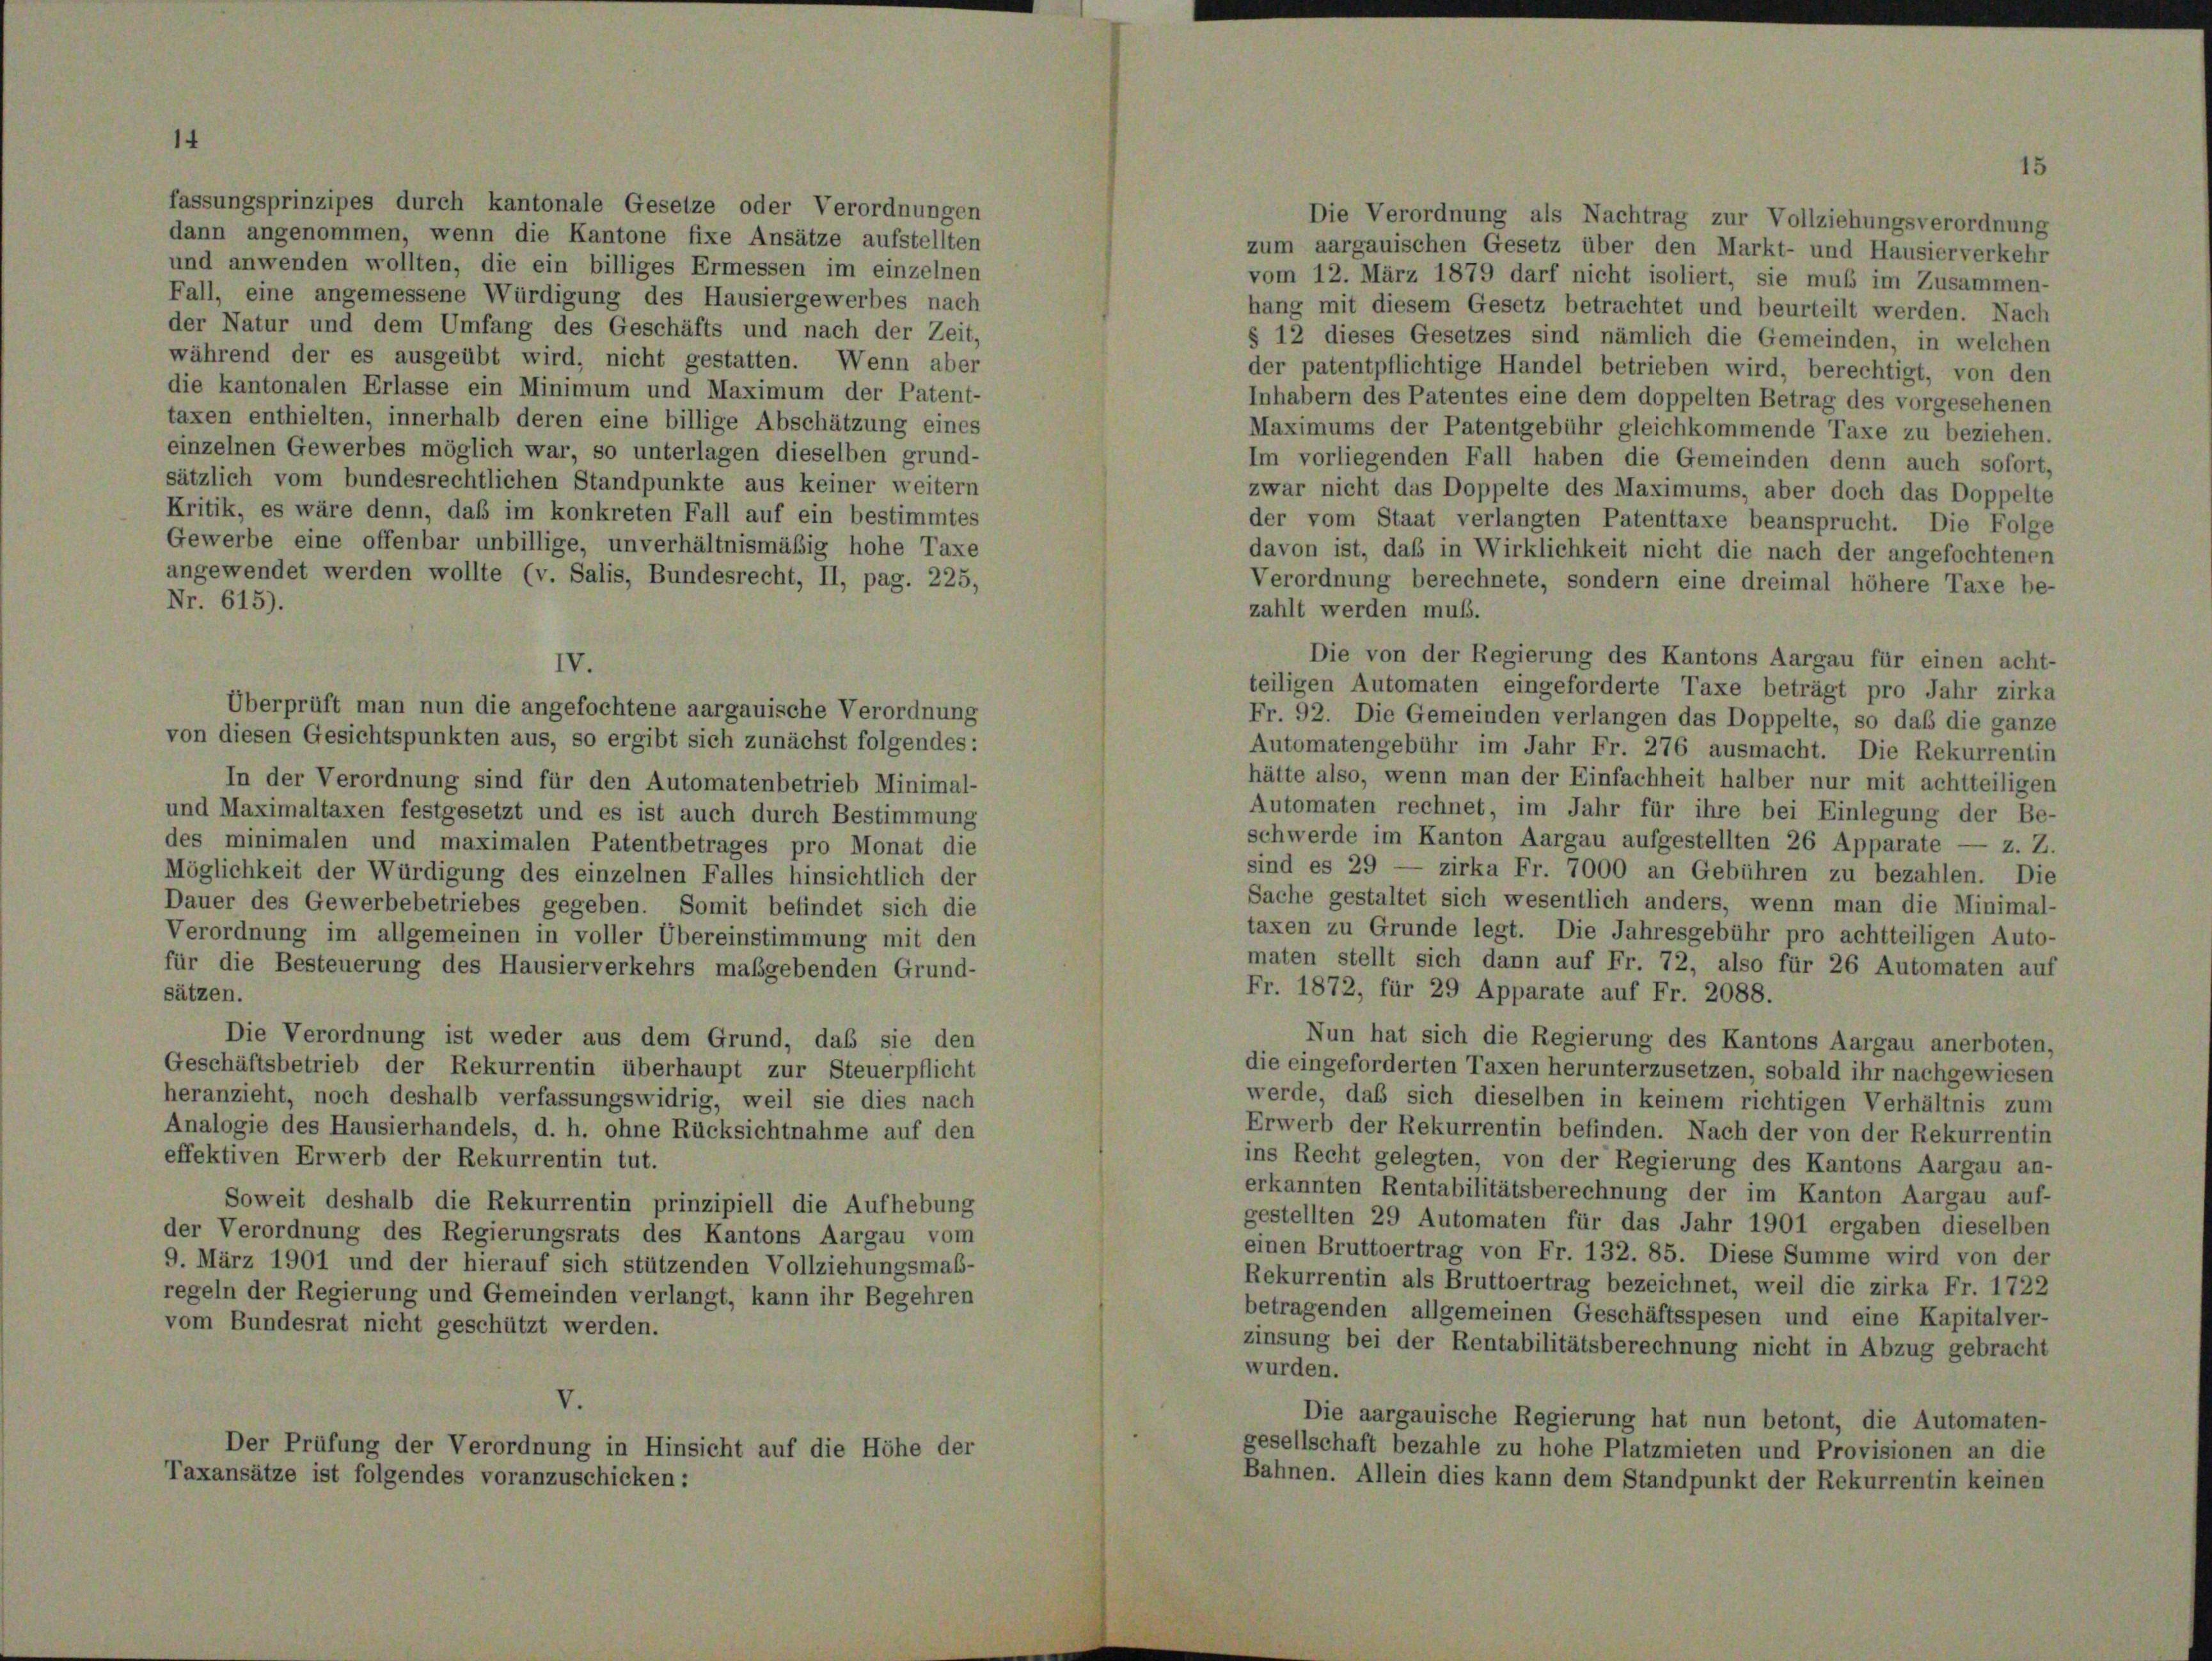
fassungsprinzipes durch kantonale Gesetze oder Verordnungen
dann angenommen, wenn die Kantone fixe Ansätze aufstellten
und anwenden wollten, die ein billiges Ermessen im einzelnen
Fall, eine angemessene Würdigung des Hausiergewerbes nach

Die Verordnung als Nachtrag zur Vollziehungsverordnung
zum aargauischen Gesetz über den Markt- und Hausier verkehr
vom 12. März 1879 darf nicht isoliert, sie muß im Zusammen-
hang mit diesem Gesetz betrachtet und beurteilt werden. Nach
der Natur und dem Umfang des Geschäfts und nach der Zeit,
§ 12 dieses Gesetzes sind nämlich die Gemeinden, in welchen
während der es ausgeübt wird, nicht gestatten. Wenn aber
der patentpflichtige Handel betrieben wird, berechtigt, von den
die kantonalen Erlasse ein Minimum und Maximum der Patent-
Inhabern des Patentes eine dem doppelten Betrag des vorgesehenen
taxen enthielten, innerhalb deren eine billige Abschätzung eines
Maximums der Patentgebühr gleichkommende Taxe zu beziehen.
einzelnen Gewerbes möglich war, so unterlagen dieselben grund-
Im vorliegenden Fall haben die Gemeinden denn auch sofort,
sätzlich vom bundesrechtlichen Standpunkte aus keiner weitern
zwar nicht das Doppelte des Maximums, aber doch das Doppelte
Kritik, es wäre denn, daß im konkreten Fall auf ein bestimmtes
der vom Staat verlangten Patenttaxe beansprucht. Die Folge
Gewerbe eine offenbar unbillige, unverhältnismäßig hohe Taxe
davon ist, daß in Wirklichkeit nicht die nach der angefochtenen
angewendet werden wollte (v. Salis, Bundesrecht, II, pag. 225,
Verordnung berechnete, sondern eine dreimal höhere Taxe be-
Nr. 615).
zahlt werden muß.
Die von der Regierung des Kantons Aargau für einen acht-
teiligen Automaten eingeforderte Taxe beträgt pro Jahr zirka
Überprüft man nun die angefochtene aargauische Verordnung
Fr. 92. Die Gemeinden verlangen das Doppelte, so daß die ganze
von diesen Gesichtspunkten aus, so ergibt sich zunächst folgendes:
Automatengebühr im Jahr Fr. 276 ausmacht. Die Rekurrentin
hätte also, wenn man der Einfachheit halber nur mit achtteiligen
In der Verordnung sind für den Automatenbetrieb Minimal-
Automaten rechnet, im Jahr für ihre bei Einlegung der Be-
und Maximaltaxen festgesetzt und es ist auch durch Bestimmung
schwerde im Kanton Aargau aufgestellten 26 Apparate — z. Z.
des minimalen und maximalen Patentbetrages pro Monat die
sind es 29 — zirka Fr. 7000 an Gebühren zu bezahlen. Die
Möglichkeit der Würdigung des einzelnen Falles hinsichtlich der
Sache gestaltet sich wesentlich anders, wenn man die Minimal-
Dauer des Gewerbebetriebes gegeben. Somit befindet sich die
taxen zu Grunde legt. Die Jahresgebühr pro achtteiligen Auto-
Verordnung im allgemeinen in voller Übereinstimmung mit den
maten stellt sich dann auf Fr. 72, also für 26 Automaten auf
für die Besteuerung des Hausierverkehrs maßgebenden Grund-
Fr. 1872, für 29 Apparate auf Fr. 2088.
sätzen.
Die Verordnung ist weder aus dem Grund, das sie den
Nun hat sich die Regierung des Kantons Aargau anerboten,
Geschäftsbetrieb der Rekurrentin überhaupt zur Steuerpflicht
die eingeforderten Taxen herunterzusetzen, sobald ihr nachgewiesen
heranzieht, noch deshalb verfassungswidrig, weil sie dies nach
werde, das sich dieselben in keinem richtigen Verhältnis zum
Analogie des Hausierhandels, d. h. ohne Rücksichtnahme auf den
Erwerb der Rekurrentin befinden. Nach der von der Rekurrentin
effektiven Erwerb der Rekurrentin tut.
ins Recht gelegten, von der Regierung des Kantons Aargau an-
erkannten Rentabilitätsberechnung der im Kanton Aargau auf-
Soweit deshalb die Rekurrentin prinzipiell die Aufhebung
gestellten 29 Automaten für das Jahr 1901 ergaben dieselben
der Verordnung des Regierungsrats des Kantons Aargau vom
einen Bruttoertrag von Fr. 132. 85. Diese Summe wird von der
9. März 1901 und der hierauf sich stützenden Vollziehungsmaß-
Rekurrentin als Bruttoertrag bezeichnet, weil die zirka Fr. 1722
regeln der Regierung und Gemeinden verlangt, kann ihr Begehren
betragenden allgemeinen Geschäftsspesen und eine Kapitalver-
vom Bundesrat nicht geschützt werden.
zinsung bei der Rentabilitätsberechnung nicht in Abzug gebracht
wurden.
V.
Die aargauische Regierung hat nun betont, die Automaten-
Der Prüfung der Verordnung in Hinsicht auf die Höhe der
gesellschaft bezahle zu hohe Platzmieten und Provisionen an die
Taxansätze ist folgendes voranzuschicken:
Bahnen. Allein dies kann dem Standpunkt der Rekurrentin keinen

IV.

15